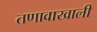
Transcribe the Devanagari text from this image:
तणावाखाली